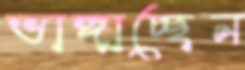
ভাঙ্গাচ্ছেন